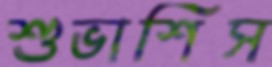
শুভাশিস